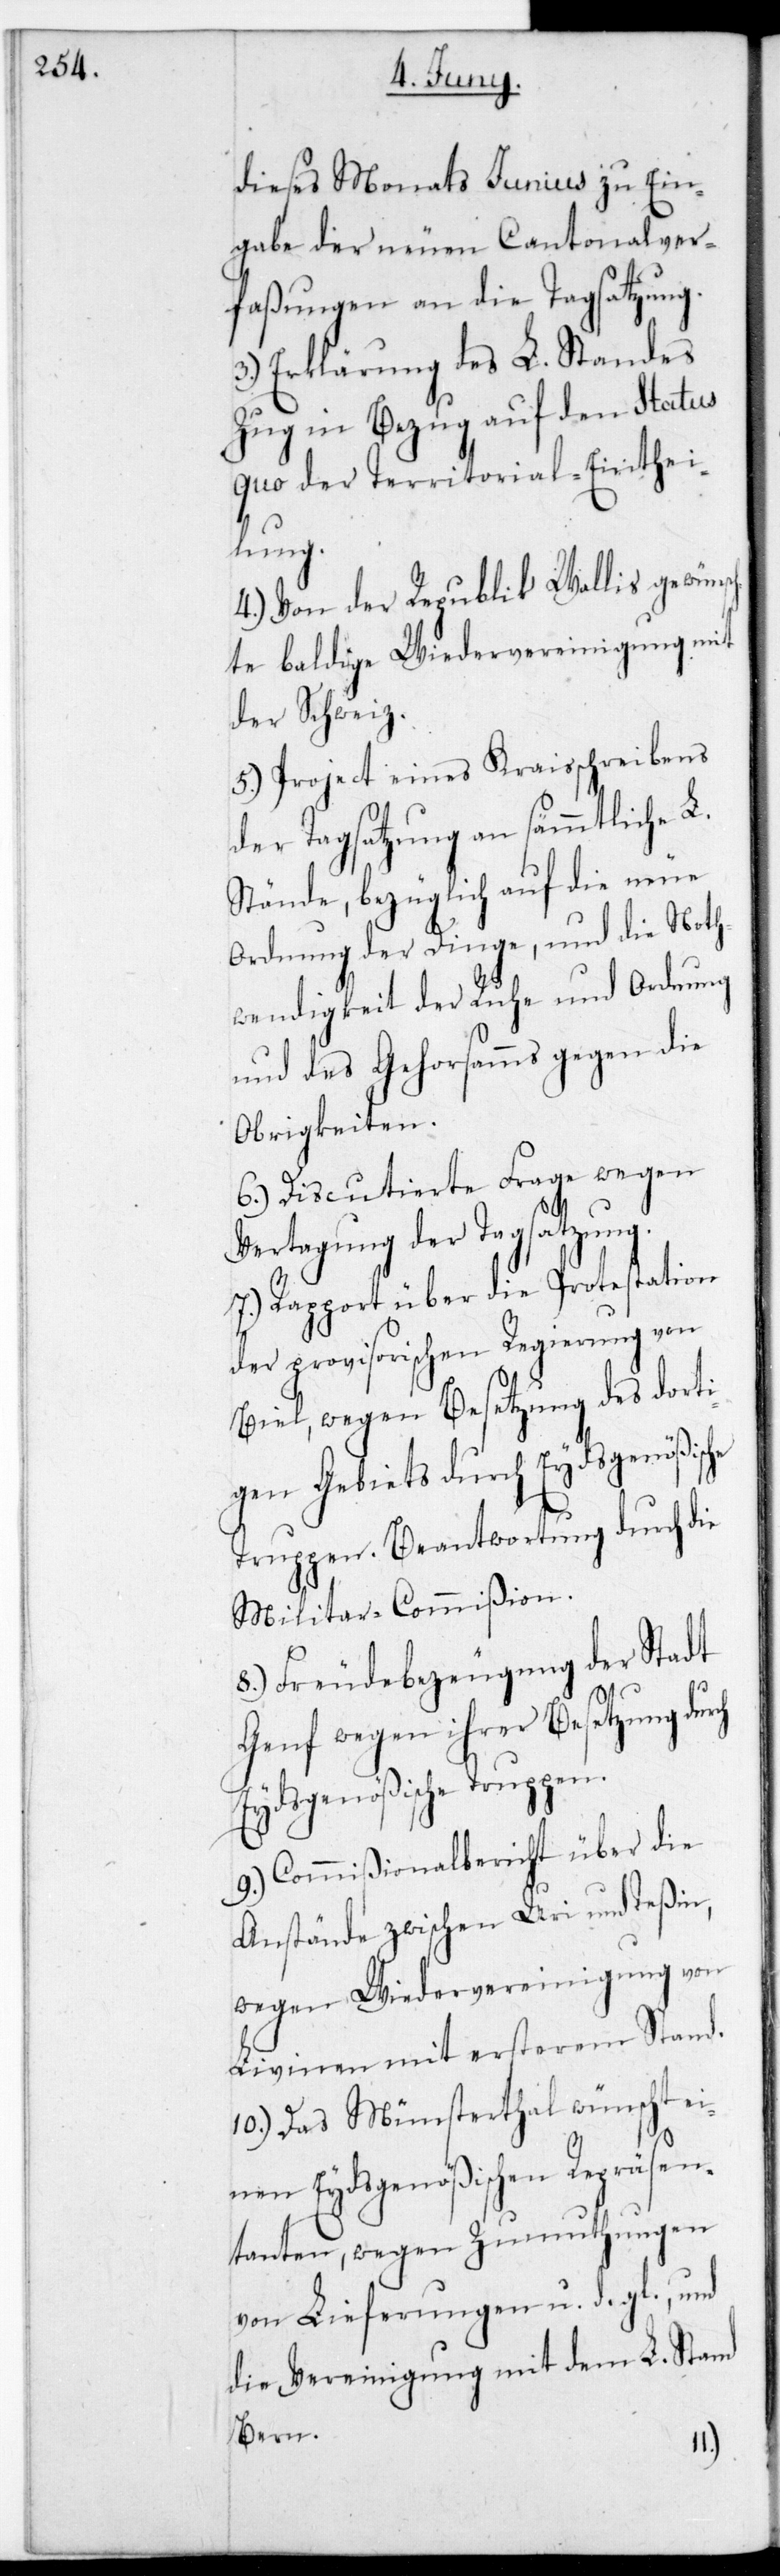
dieses Monats Junius zu Ein¬
gabe der neuen Cantonal-Ver¬
faßungen an die Tagsatzung.
3.) Erklärung des L. Standes
Zug, in Bezug auf den Status
quo der Territorial-Einthei¬
lung.
4.) Von der Republic Wallis gewünsc¬
hte baldige Wiedervereinigung mit
der Schweiz.
5.) Project eines Kraisschreibens
der Tagsatzung an sämmtliche L.
Stände, bezüglich auf die neue
Ordnung der Dinge, und die Noth¬
wendigkeit der Ruhe und Ordnung
und des Gehorsams gegen die
Obrigkeiten.
6.) Discutierte Frage wegen
Vertagung der Tagsatzung.
7.) Rapport über die Protestation
der provisorischen Regierung von
Biel, wegen Besetzung des dorti¬
gen Gebiets durch Eydsgenößische
Truppen. Beantwortung durch die
Militär-Comißion.
8.) Freudebezeugung der Stadt
Genf wegen ihrer Besetzung durch
Eydsgenößische Truppen.
9.) Commißionalbericht über die
Anstände zwischen Uri und Teßin,
wegen Wiedervereinigung von
Livinen mit ersterem Stand.
10.) Das Münsterthal wünscht ei¬
nen Eydsgenößischen Repräsen¬
tanten, wegen Zumuthungen
von Lieferungen und dergleichen,
die Vereinigung mit dem L. Stand
Bern.